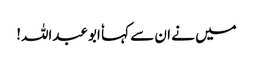
میں نے ان سے کہا ٗ ابوعبداللہ!